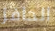
الحافز